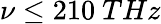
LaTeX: \nu\leq 210~THz